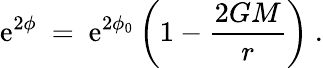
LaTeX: \mathrm{e}^{2\phi}~=~\mathrm{e}^{2\phi_{0}}\left(1-\frac{{2GM}}{{r}}\right)~.